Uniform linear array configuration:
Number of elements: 48
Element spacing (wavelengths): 0.25
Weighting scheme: blackman
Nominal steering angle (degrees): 60
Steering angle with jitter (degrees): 60.882
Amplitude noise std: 0.05
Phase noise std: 0.05

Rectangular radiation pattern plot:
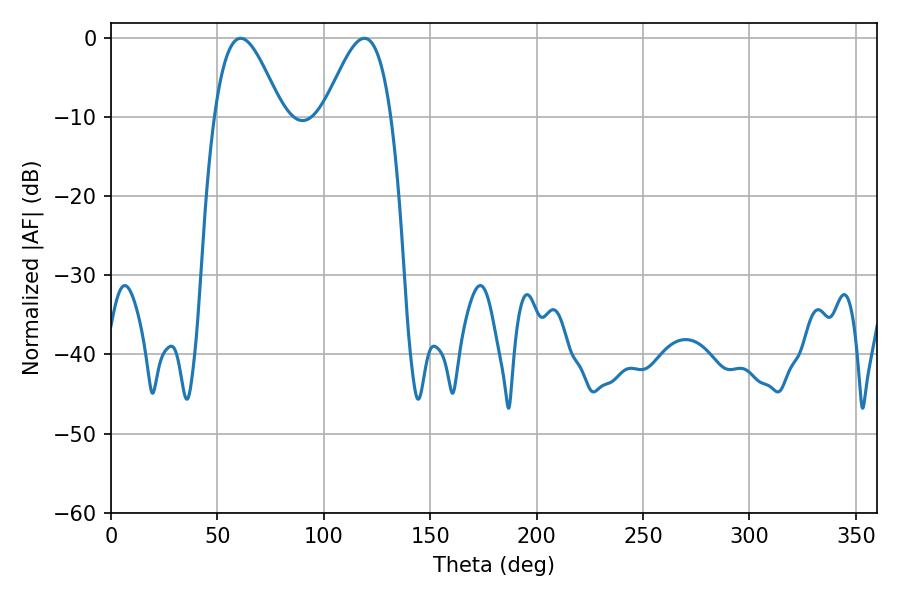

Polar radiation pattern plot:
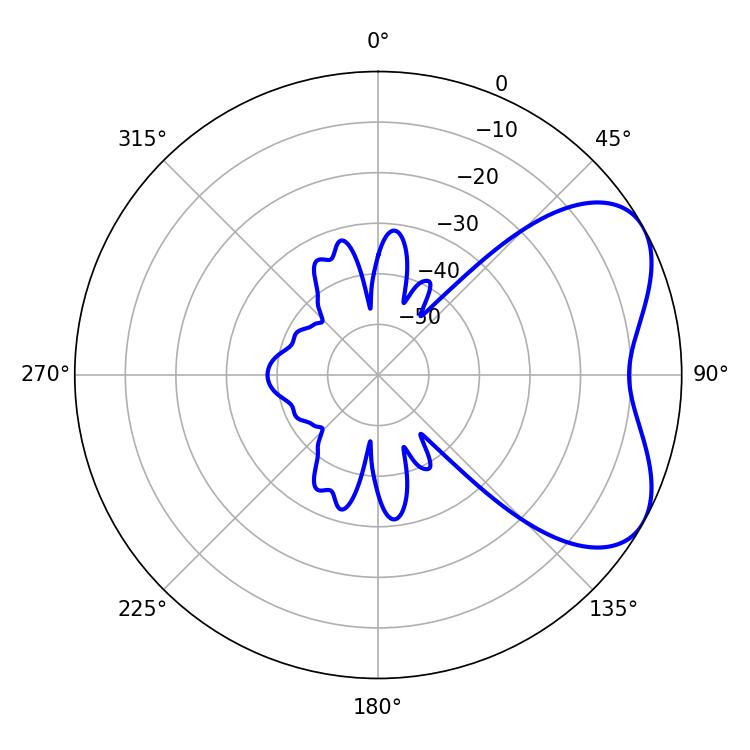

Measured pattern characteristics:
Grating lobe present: FALSE
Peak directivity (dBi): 5.237
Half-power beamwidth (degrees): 16.92
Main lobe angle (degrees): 60.84